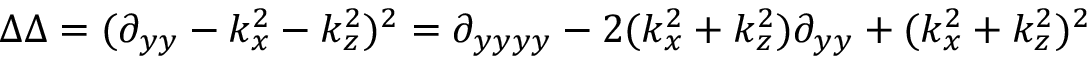
\Delta \Delta = ( \partial _ { y y } - k _ { x } ^ { 2 } - k _ { z } ^ { 2 } ) ^ { 2 } = \partial _ { y y y y } - 2 ( k _ { x } ^ { 2 } + k _ { z } ^ { 2 } ) \partial _ { y y } + ( k _ { x } ^ { 2 } + k _ { z } ^ { 2 } ) ^ { 2 }